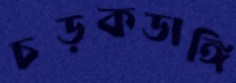
চড়কডাঙ্গি